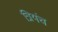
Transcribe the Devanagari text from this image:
त्रियंच